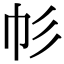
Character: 𢁘